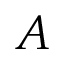
A